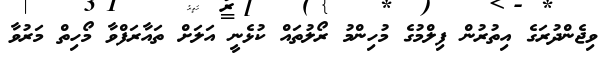
ވިޖެންދުރަގެ އިތުރުން ފިލްމުގެ މުހިންމު ރޯލުތައް ކުޅެނީ އަލަށް ތައާރަފްވާ މޯހިތް މަރުވާ